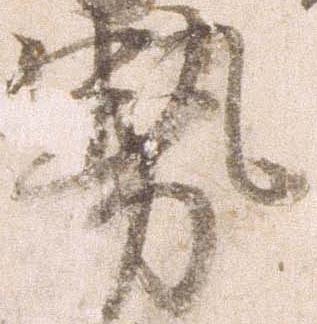
勢